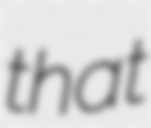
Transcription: that